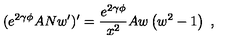
( e ^ { 2 \gamma \phi } A N w ^ { \prime } ) ^ { \prime } = \frac { e ^ { 2 \gamma \phi } } { x ^ { 2 } } A w \left( w ^ { 2 } - 1 \right) \ ,